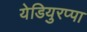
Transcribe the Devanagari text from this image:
येडियुरप्पा